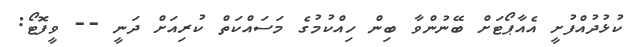
ކުޅުދުއްފުށީ އެއާޕޯޓަށް ބޭނުންވާ ބިން ހިއްކުމުގެ މަސައްކަތް ކުރިއަށް ދަނީ -- ވީފޮޓޯ: